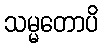
သမ္မတောပိ